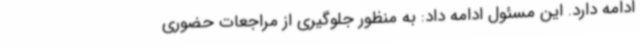
ادامه دارد. این مسئول ادامه داد: به منظور جلوگیری از مراجعات حضوری